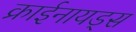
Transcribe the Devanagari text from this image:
क्राईनायड्स